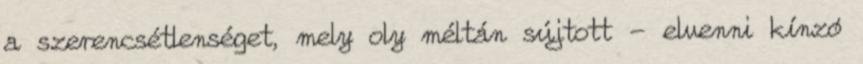
a szerencsétlenséget, mely oly méltán sújtott - elvenni kínzó